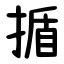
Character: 揗